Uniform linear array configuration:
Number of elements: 48
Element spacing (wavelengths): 0.25
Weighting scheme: exponential
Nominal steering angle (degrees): -30
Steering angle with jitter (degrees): -29.924
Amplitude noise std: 0.05
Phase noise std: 0.05

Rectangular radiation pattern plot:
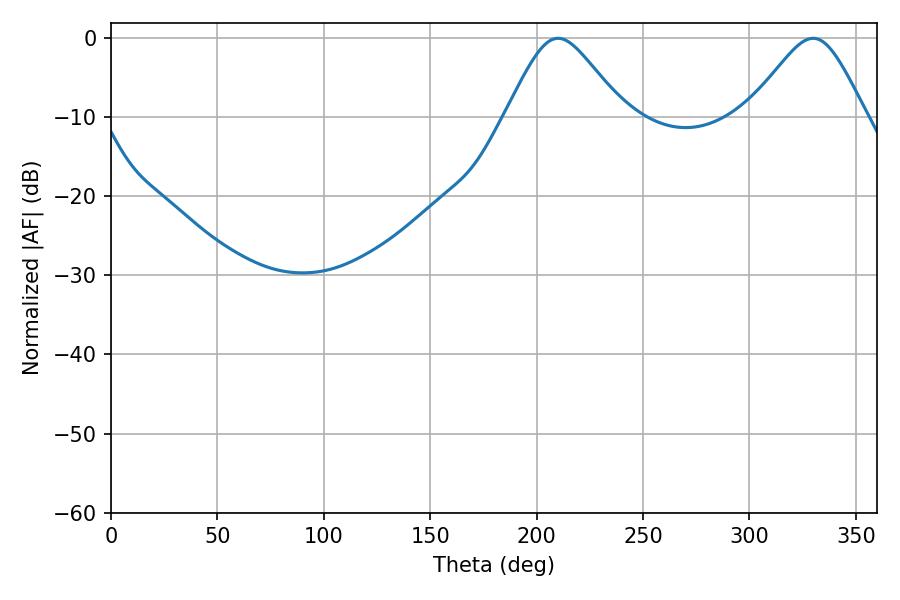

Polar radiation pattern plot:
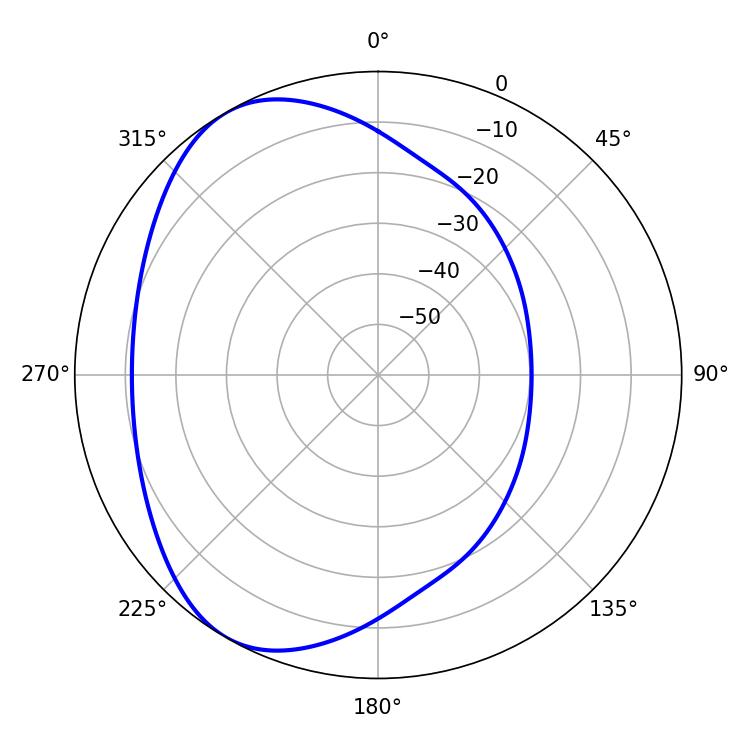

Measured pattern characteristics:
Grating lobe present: FALSE
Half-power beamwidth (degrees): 27
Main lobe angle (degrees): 210.06